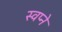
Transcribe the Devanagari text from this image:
स्वप्‍ने